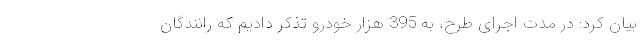
بیان کرد: در مدت اجرای طرح، به 395 هزار خودرو تذکر دادیم که رانندگان